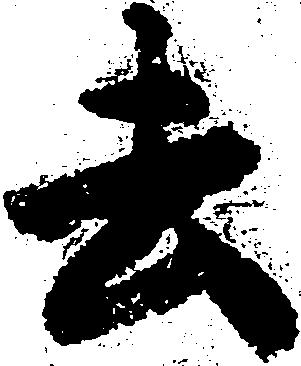
去